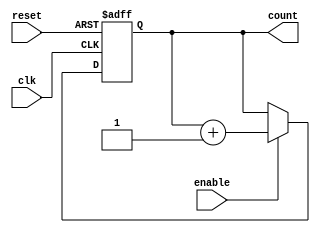
module cascaded_counter #(
    parameter N = 4  // Number of flip-flops (bits in the counter)
)(
    input wire clk,          // Clock input
    input wire reset,        // Asynchronous reset
    input wire enable,       // Enable signal
    output reg [N-1:0] count // Counter output
);

    // Always block for flip-flop behavior
    always @(posedge clk or posedge reset) begin
        if (reset) begin
            count <= 0; // Reset the counter to zero
        end else if (enable) begin
            // Increment the counter
            count <= count + 1;
        end
        // If enable is low, the counter holds its value
    end

endmodule